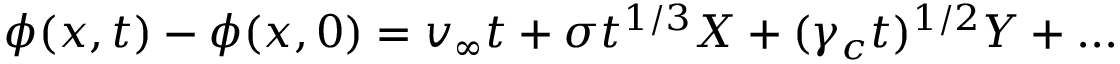
\phi ( x , t ) - \phi ( x , 0 ) = v _ { \infty } t + \sigma t ^ { 1 / 3 } X + ( \gamma _ { c } t ) ^ { 1 / 2 } Y + . . .